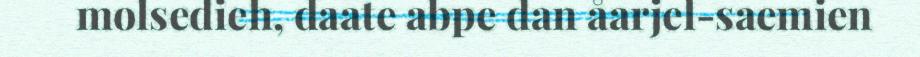
molsedieh, daate abpe dan åarjel-saemien